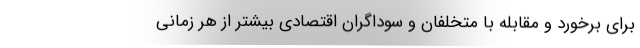
برای برخورد و مقابله با متخلفان و سوداگران اقتصادی بیشتر از هر زمانی